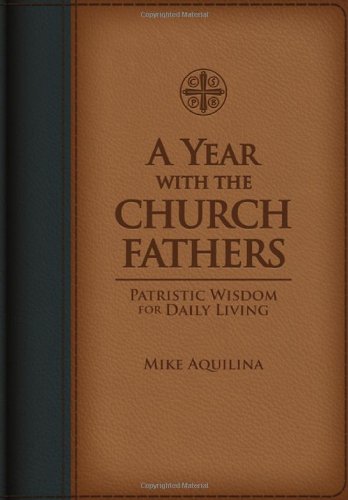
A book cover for A Year with the Church Fathers; Mike Aquilina; Christian Books & Bibles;